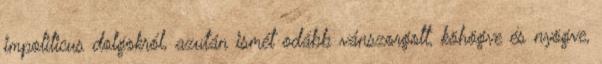
impoliticus dolgokról, azután ismét odább vánszorgott, köhögve és nyögve,